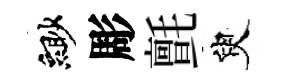
緲彫氈臾